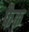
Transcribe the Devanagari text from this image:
फैक